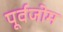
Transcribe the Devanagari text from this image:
पूर्वजोम